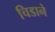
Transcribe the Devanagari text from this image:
चिडाने